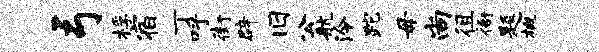
弓桴宿丁呼街辟旧公航泠跎毋尚徂衙题概